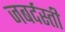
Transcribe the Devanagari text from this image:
जबर्दस्‍ती